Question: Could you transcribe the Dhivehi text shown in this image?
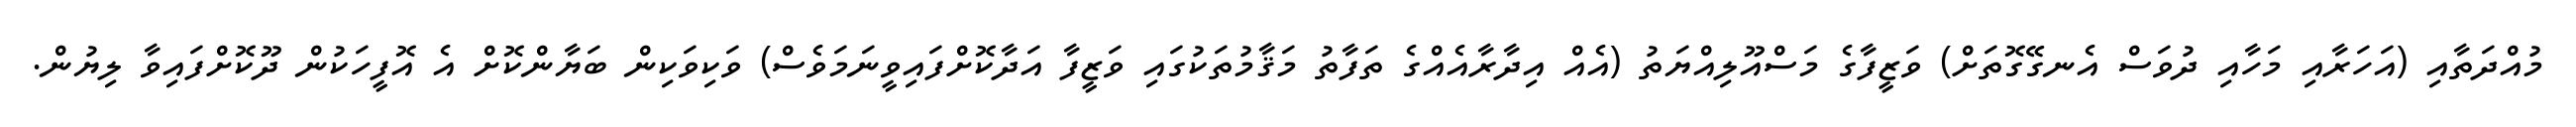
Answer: މުއްދަތާއި (އަހަރާއި މަހާއި ދުވަސް އެނގޭގޮތަށް) ވަޒީފާގެ މަސްއޫލިއްޔަތު (އެއް އިދާރާއެއްގެ ތަފާތު މަޤާމުތަކުގައި ވަޒީފާ އަދާކޮށްފައިވީނަމަވެސް) ވަކިވަކިން ބަޔާންކޮށް އެ އޮފީހަކުން ދޫކޮށްފައިވާ ލިޔުން.